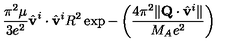
\frac { \pi ^ { 2 } \mu } { 3 e ^ { 2 } } \hat { \bf v } ^ { i } \cdot \hat { \bf v } ^ { i } R ^ { 2 } \exp - \left( \frac { 4 \pi ^ { 2 } \| { \bf Q } \cdot \hat { \bf v } ^ { i } \| } { M _ { A } e ^ { 2 } } \right)